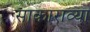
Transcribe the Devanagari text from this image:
साकाराव्या